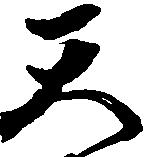
天